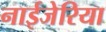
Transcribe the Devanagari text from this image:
नाईजेरिया